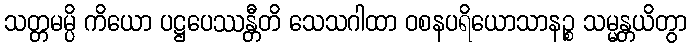
သတ္တမမ္ပိ ကိယော ပဋ္ဌပေဿန္တီတိ သေသဂါထာ ဝစနပရိယောသာနဉ္စ သမ္မန္တယိတွာ